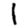
Digit: 1